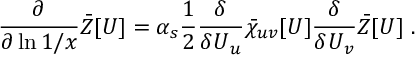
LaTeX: \frac { \partial } { \partial \ln 1 / x } \Bar Z [ \boldsymbol { U } ] = \alpha _ { s } \frac { 1 } { 2 } \frac { \delta } { \delta \boldsymbol { U } _ { u } } \Bar \chi _ { u v } [ \boldsymbol { U } ] \frac { \delta } { \delta \boldsymbol { U } _ { v } } \Bar Z [ \boldsymbol { U } ] \ .